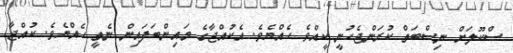
ސްކޫލަށް ނިސްބަތް ކުރަންޖެހުނީ ކީއްވެ ހެއްޔެވެ. އެކުއްޖާގެ މައިންބަފައިން ނެތީ ހެއްޔެވެ. ކުއްޖާ